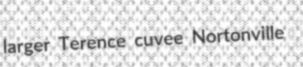
larger Terence cuvee Nortonville